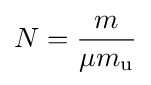
N={\frac {m}{\mu m_{\text{u}}}}